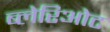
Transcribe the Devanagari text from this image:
ब्लेरिओट